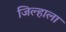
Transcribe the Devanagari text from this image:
जिल्हाला